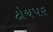
ટોચપર